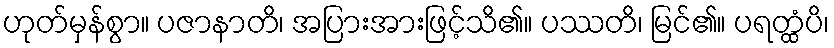
ဟုတ်မှန်စွာ။ ပဇာနာတိ၊ အပြားအားဖြင့်သိ၏။ ပဿတိ၊ မြင်၏။ ပရတ္ထံပိ၊